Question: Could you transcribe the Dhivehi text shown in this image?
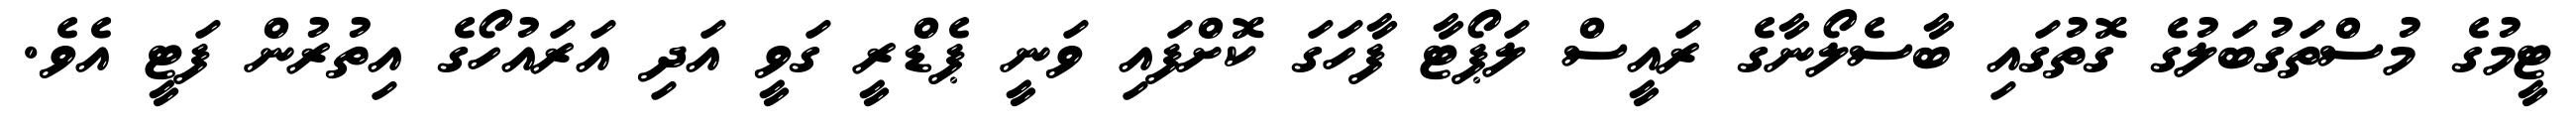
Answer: ޓީމުގެ މުސްތަގުބަލުގެ ގޮތުގައި ބާސެލޯނާގެ ރައީސް ލަޕޯޓާ ފާހަގަ ކޮށްފައި ވަނީ ޕެޑްރީ ގަވީ އަދި އަރައުހޯގެ އިތުރުން ފަޓީ އެވެ.